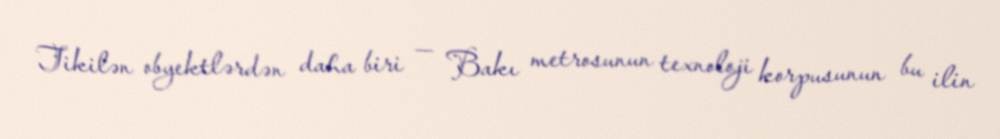
Tikilən obyektlərdən daha biri — Bakı metrosunun texnoloji korpusunun bu ilin